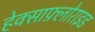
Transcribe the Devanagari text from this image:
हेक्साफ़्लोराइड